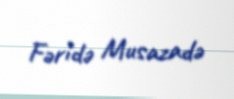
Fəridə Musazadə